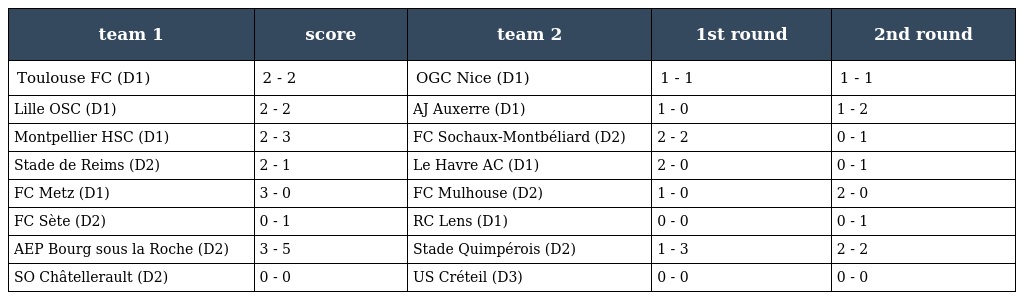
| team 1 | score | team 2 | 1st round | 2nd round |
 | --- | --- | --- | --- | --- |
 | Toulouse FC (D1) | 2 - 2 | OGC Nice (D1) | 1 - 1 | 1 - 1 |
 | Lille OSC (D1) | 2 - 2 | AJ Auxerre (D1) | 1 - 0 | 1 - 2 |
 | Montpellier HSC (D1) | 2 - 3 | FC Sochaux-Montbéliard (D2) | 2 - 2 | 0 - 1 |
 | Stade de Reims (D2) | 2 - 1 | Le Havre AC (D1) | 2 - 0 | 0 - 1 |
 | FC Metz (D1) | 3 - 0 | FC Mulhouse (D2) | 1 - 0 | 2 - 0 |
 | FC Sète (D2) | 0 - 1 | RC Lens (D1) | 0 - 0 | 0 - 1 |
 | AEP Bourg sous la Roche (D2) | 3 - 5 | Stade Quimpérois (D2) | 1 - 3 | 2 - 2 |
 | SO Châtellerault (D2) | 0 - 0 | US Créteil (D3) | 0 - 0 | 0 - 0 |